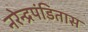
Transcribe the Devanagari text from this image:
नरेन्द्रपंडितास